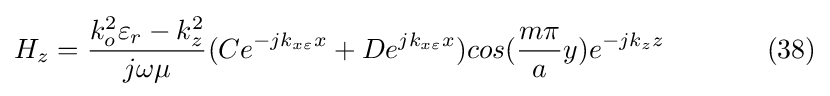
H_{z}={\frac {k_{o}^{2}\varepsilon _{r}-k_{z}^{2}}{j\omega \mu }}(Ce^{-jk_{x\varepsilon }x}+De^{jk_{x\varepsilon }x})cos({\frac {m\pi }{a}}y)e^{-jk_{z}z}\ \ \ \ \ \ \ \ \ \ \ (38)